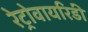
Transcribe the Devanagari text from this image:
रेट्रोवायरिडी